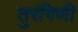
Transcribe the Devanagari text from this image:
तुरंगिणी